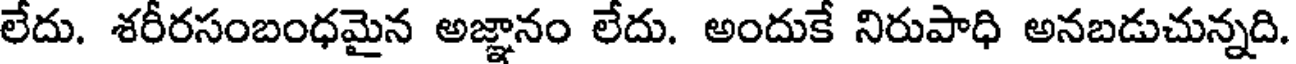
లేదు. శరీరసంబంధమైన అజ్ఞానం లేదు. అందుకే నిరుపాధి అనబడుచున్నది.